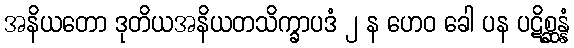
အနိယတော ဒုတိယအနိယတသိက္ခာပဒံ ၂ န ဟေဝ ခေါ ပန ပဋိစ္ဆန္နံ